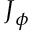
\boldsymbol { J } _ { \phi }